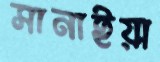
সানাইয়া